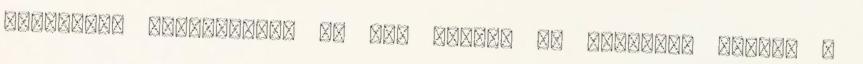
semmilyen értelemben, ha nem hűlünk le teljesen Idővel a